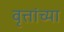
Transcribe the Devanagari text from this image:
वृत्तांच्या